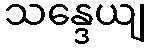
သန္ဒေယျ